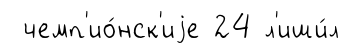
чемп'ио́нск'иjе 24 л'иши́л